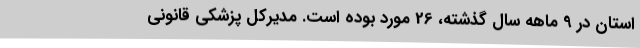
استان در 9 ماهه سال گذشته، 26 مورد بوده است. مدیرکل پزشکی قانونی